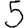
Digit: 5